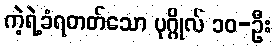
ကဲ့ရဲ့ခံရတတ်သော ပုဂ္ဂိုလ် ၁၀-ဦး